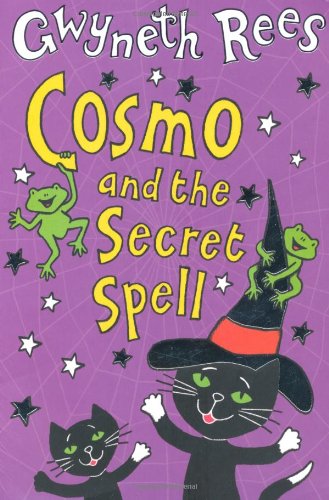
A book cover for Cosmo and the Secret Spell; Gwyneth Rees; Children's Books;